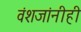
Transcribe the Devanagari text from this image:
वंशजांनीही